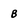
Character: b